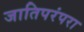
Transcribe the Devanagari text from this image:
जातिपरंपरा